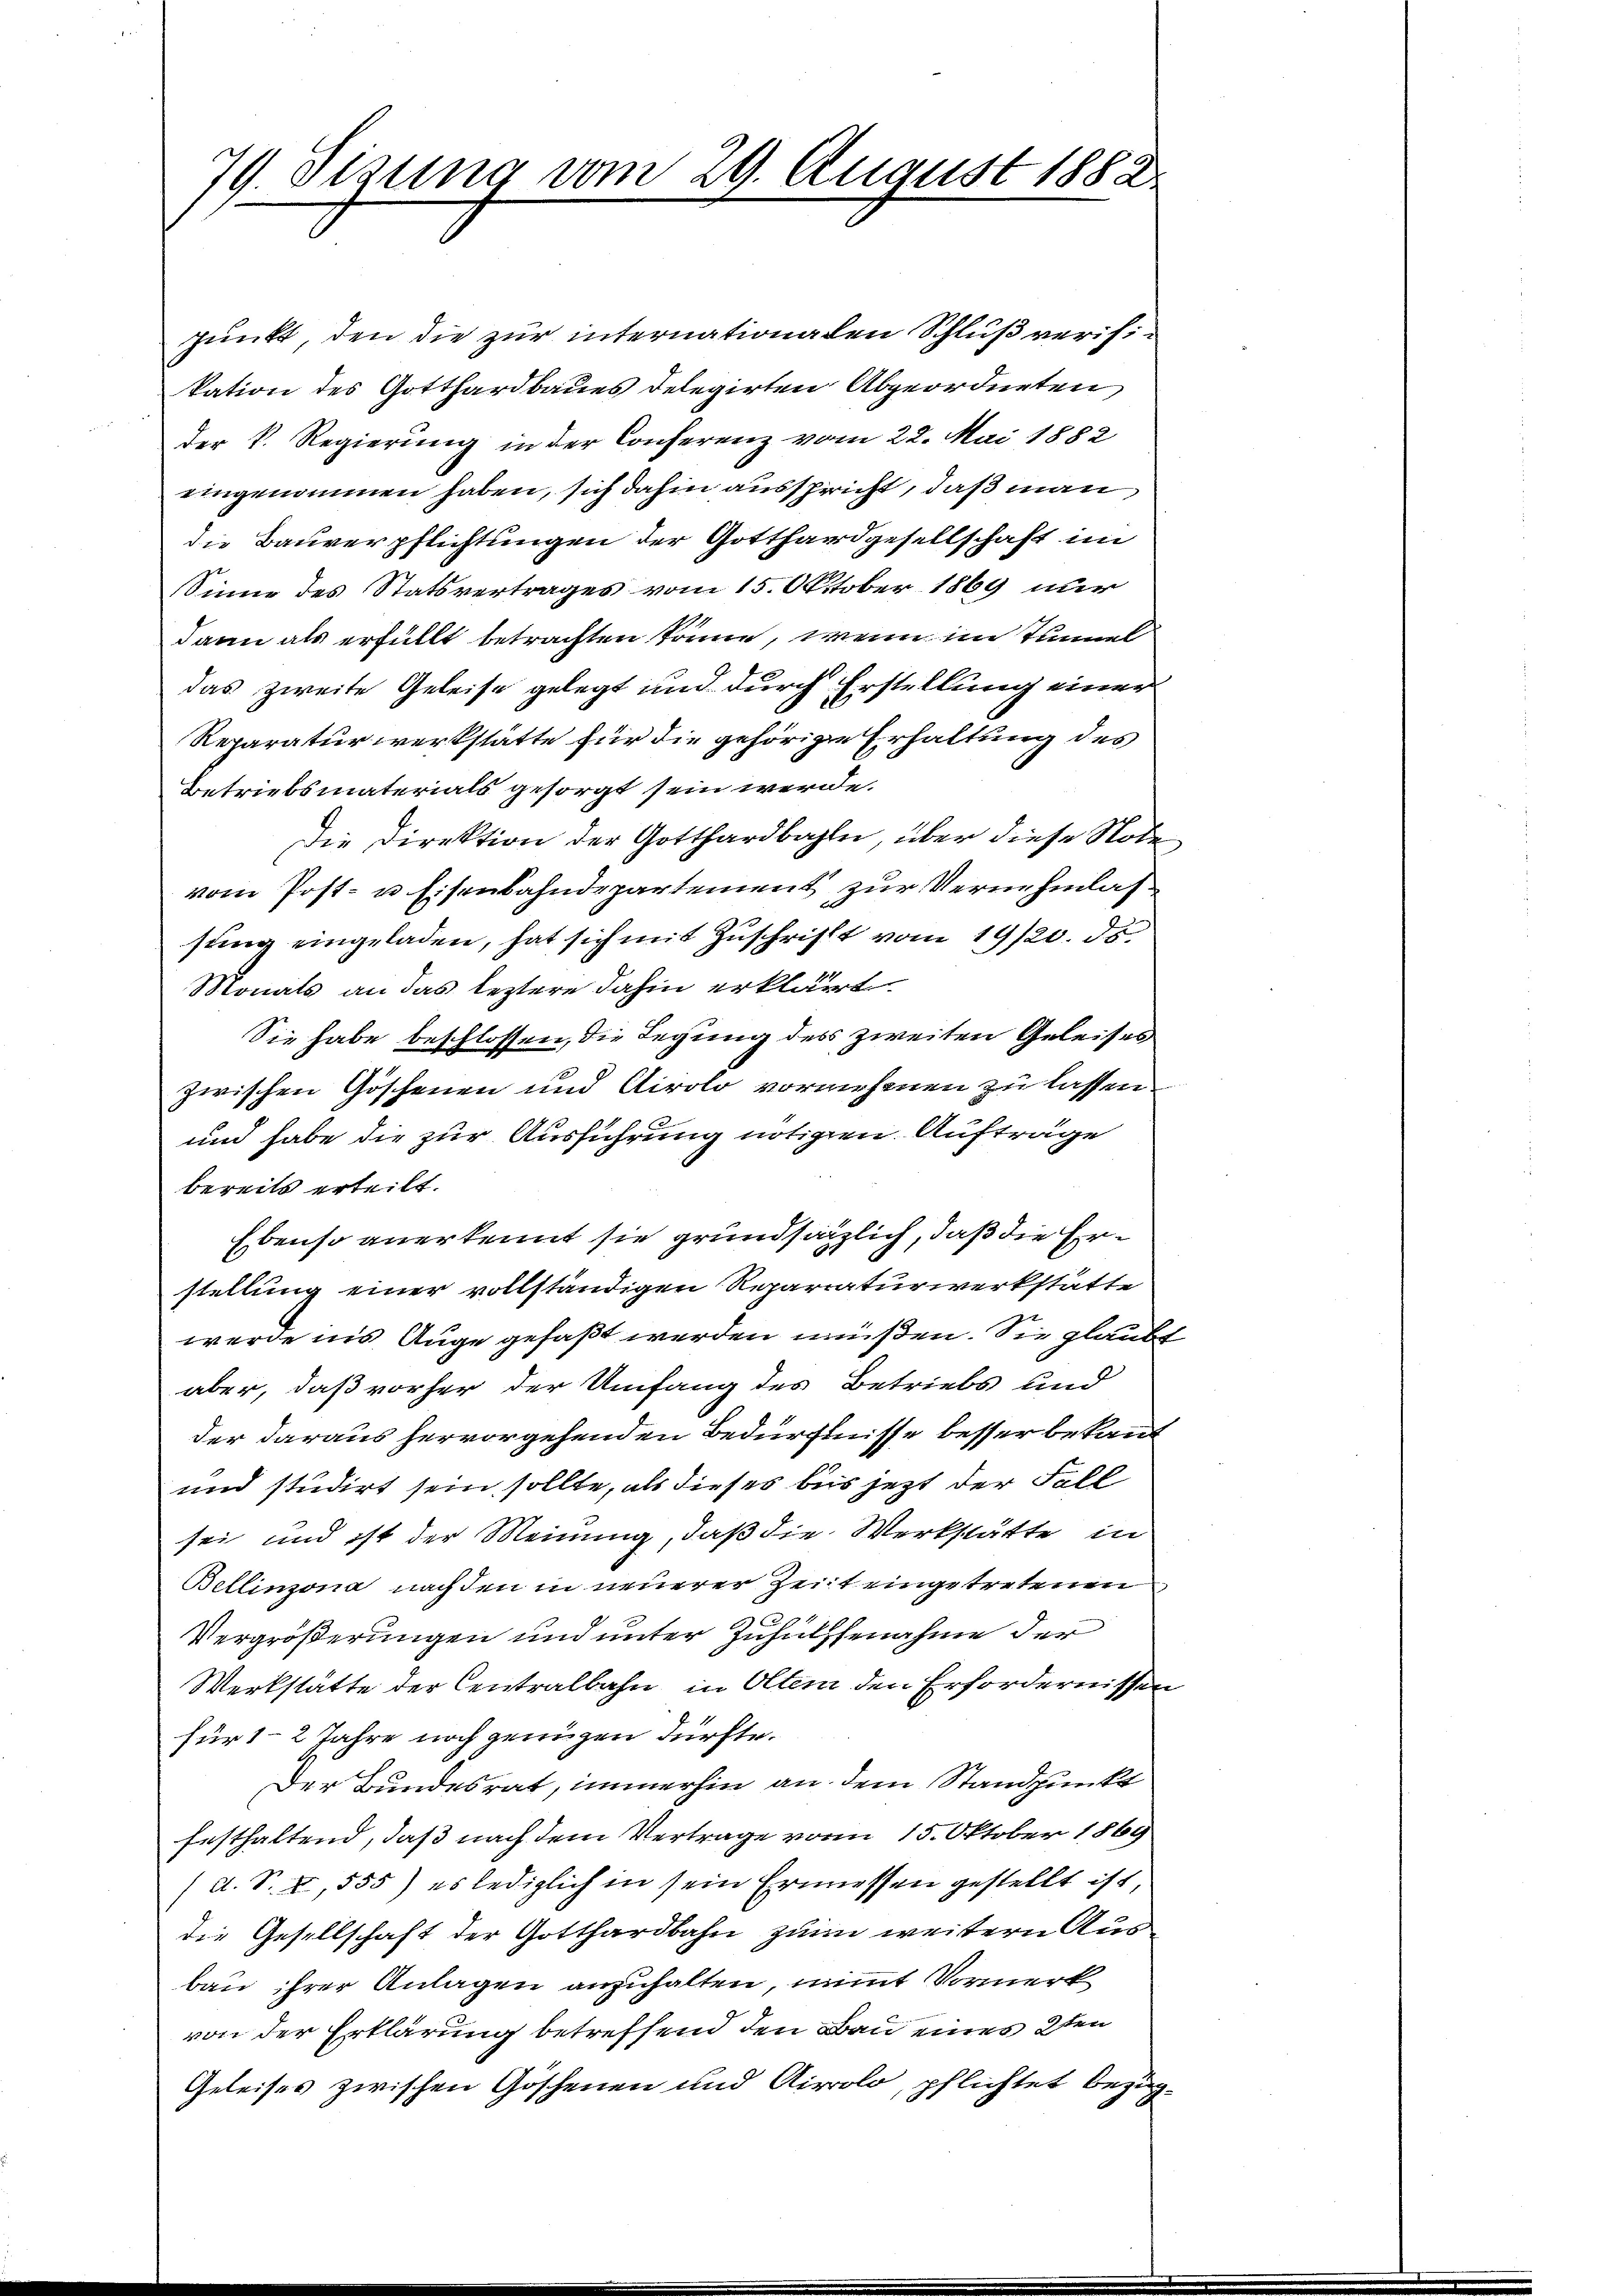
79. Sizung vom 29. August 1882

punkt, den die zur internationalen Schluß verifikation des Gotthardbaues delegirten Abgeordneten
der k. Regierung in der Conferenz vom 22. Mai 1882
eingenommen haben, sich dahin ausspricht, daß man
die Bauverpflichtungen der Gotthardgesellschaft im
Sinne des Statsvertrages vom 15. Oktober 1869 nur
dann als erfüllt betrachten könne, wenn im Tunnel
das zweite Geleise gelegt und durch Erstellung einer
Reparaturwerkstätte für die gehörige Erhaltung des
Betriebsmaterials gesorgt sein werde.
Die Direktion der Gotthardbahln, über diese Rode
vom Post- u. Eisenbahndepartement zur Vernehmlassung eingeladen, hat sich mit Zuschrift vom 19/20. ds.
Monats an das leztere dahin erklärt.
Sie habe beschlossen, die Legung des zweiten Geleises
zwischen Göschenen und Airolo vornehmen zu lassen
und habe die zur Ausführung nötigen Aufträge
bereits erteilt.
Ebenso anerkennt sie grundsätzlich, daß die Erstellung einer vollständigen Reparaturwerkstätte
werde in’s Auge gefaßt werden müßen. Sie glaube
aber, daß vorher der Umfang des Betriebs und
der daraus hervorgehenden Bedürfnisse besser bekannt
und studirt sein sollte, als dieses bis jezt der Fall
sei und ist der Meinung, daß die Werkstätte in
Bellinzona nach den in neuerer Zeit eingetretenen
s
Vergrößerungen und unter Zuhülfenahme der
Werkstätte der Centralbahn in Oltem den Erfordernissen
für 12 Jahre noch genügen dürfte.
Der Bundesrat, immerhin an dem Standpunkt
frsthaltend, daß nach dem Vertrage vom 15. Oktober 1869
(A. S. 2, 555) es lediglich in sein Ermessen gestellt ist,
die Gesellschaft der Gotthardbahn zum weitern Aus
bau ihrer Anlagen anzuhalten, nimmt Vormerk
von der Erklärung betreffend den Bau eines 2ten
Geleises zwischen Göschenen und Airolo, pflichtet bezüg¬